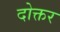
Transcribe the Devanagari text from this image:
दोक्तर